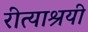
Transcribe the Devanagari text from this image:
रीत्याश्रयी